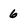
Character: 6